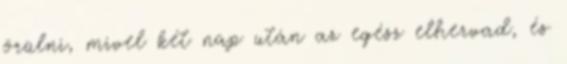
örülni, mivel két nap után az egész elhervad, és